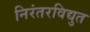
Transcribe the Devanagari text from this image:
निरंतरविद्युत